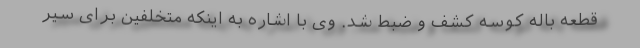
قطعه باله کوسه کشف و ضبط شد. وی با اشاره به اینکه متخلفین برای سیر